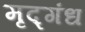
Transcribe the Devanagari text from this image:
मृद्गंध